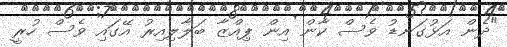
"ދެން އަޅުގަނޑު ވެސް ކާން އިން ޕިއްޒާ ބަލާލިއިރު އޭގައި ވެސް ހުރީ